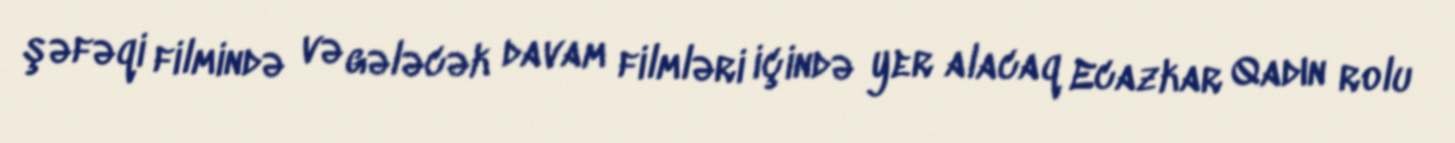
şəfəqi filmində və gələcək davam filmləri içində yer alacaq Ecazkar Qadın rolu